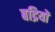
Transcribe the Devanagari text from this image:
बद्रियों